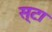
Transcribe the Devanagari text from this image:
स्टा